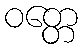
ဝတ္တေ